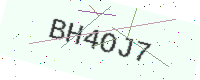
Text: BH4OJ7